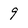
Character: 9